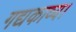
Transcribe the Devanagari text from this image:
गद्यकाव्य।